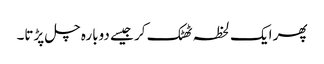
پھر ایک لحظہ ٹھٹک کر جیسے دوبارہ چل پڑتا۔